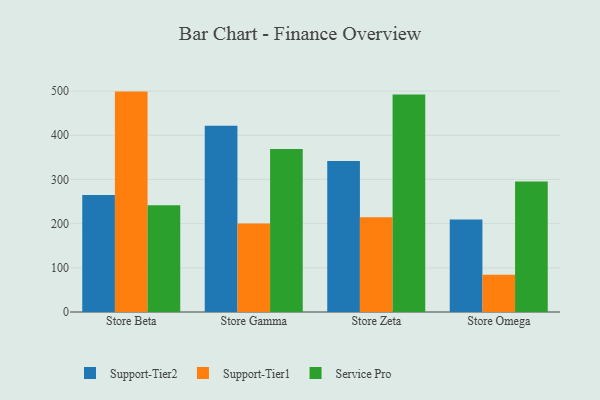
{"axis": {"x": "Store", "y": "Market Share (%)"}, "legend": ["Service Pro", "Support-Tier1", "Support-Tier2"], "data": [{"x": "Store Beta", "y": 265.1, "type": "Support-Tier2"}, {"x": "Store Beta", "y": 498.9, "type": "Support-Tier1"}, {"x": "Store Beta", "y": 241.6, "type": "Service Pro"}, {"x": "Store Gamma", "y": 421.4, "type": "Support-Tier2"}, {"x": "Store Gamma", "y": 200.1, "type": "Support-Tier1"}, {"x": "Store Gamma", "y": 369.0, "type": "Service Pro"}, {"x": "Store Zeta", "y": 342.0, "type": "Support-Tier2"}, {"x": "Store Zeta", "y": 214.2, "type": "Support-Tier1"}, {"x": "Store Zeta", "y": 492.3, "type": "Service Pro"}, {"x": "Store Omega", "y": 209.5, "type": "Support-Tier2"}, {"x": "Store Omega", "y": 84.1, "type": "Support-Tier1"}, {"x": "Store Omega", "y": 295.3, "type": "Service Pro"}]}